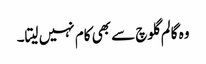
وہ گالم گلوچ سے بھی کام نہیں لیتا۔